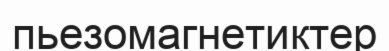
пьезомагнетиктер